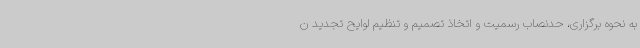
به نحوه برگزاری، حدنصاب رسمیت و اتخاذ تصمیم و تنظیم لوایح تجدید ن